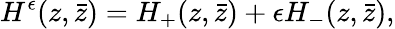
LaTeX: H^{\epsilon}(z,\bar{z})=H_{+}(z,\bar{z})+\epsilon H_{-}(z,\bar{z}),